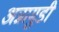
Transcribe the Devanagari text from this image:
अन्नामुडी